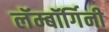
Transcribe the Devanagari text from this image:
लॅम्बॉर्गिनी